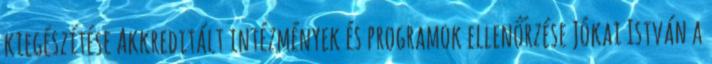
kiegészítése Akkreditált intézmények és programok ellenőrzése Jókai István a